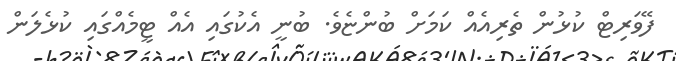
ފޭވަރިޓް ކުޅުން ތެރިއެއް ކަމަށް ބުންޏެވެ. ބުނީ އެކުގައި އެއް ޓީމެއްގައި ކުޅެލަން